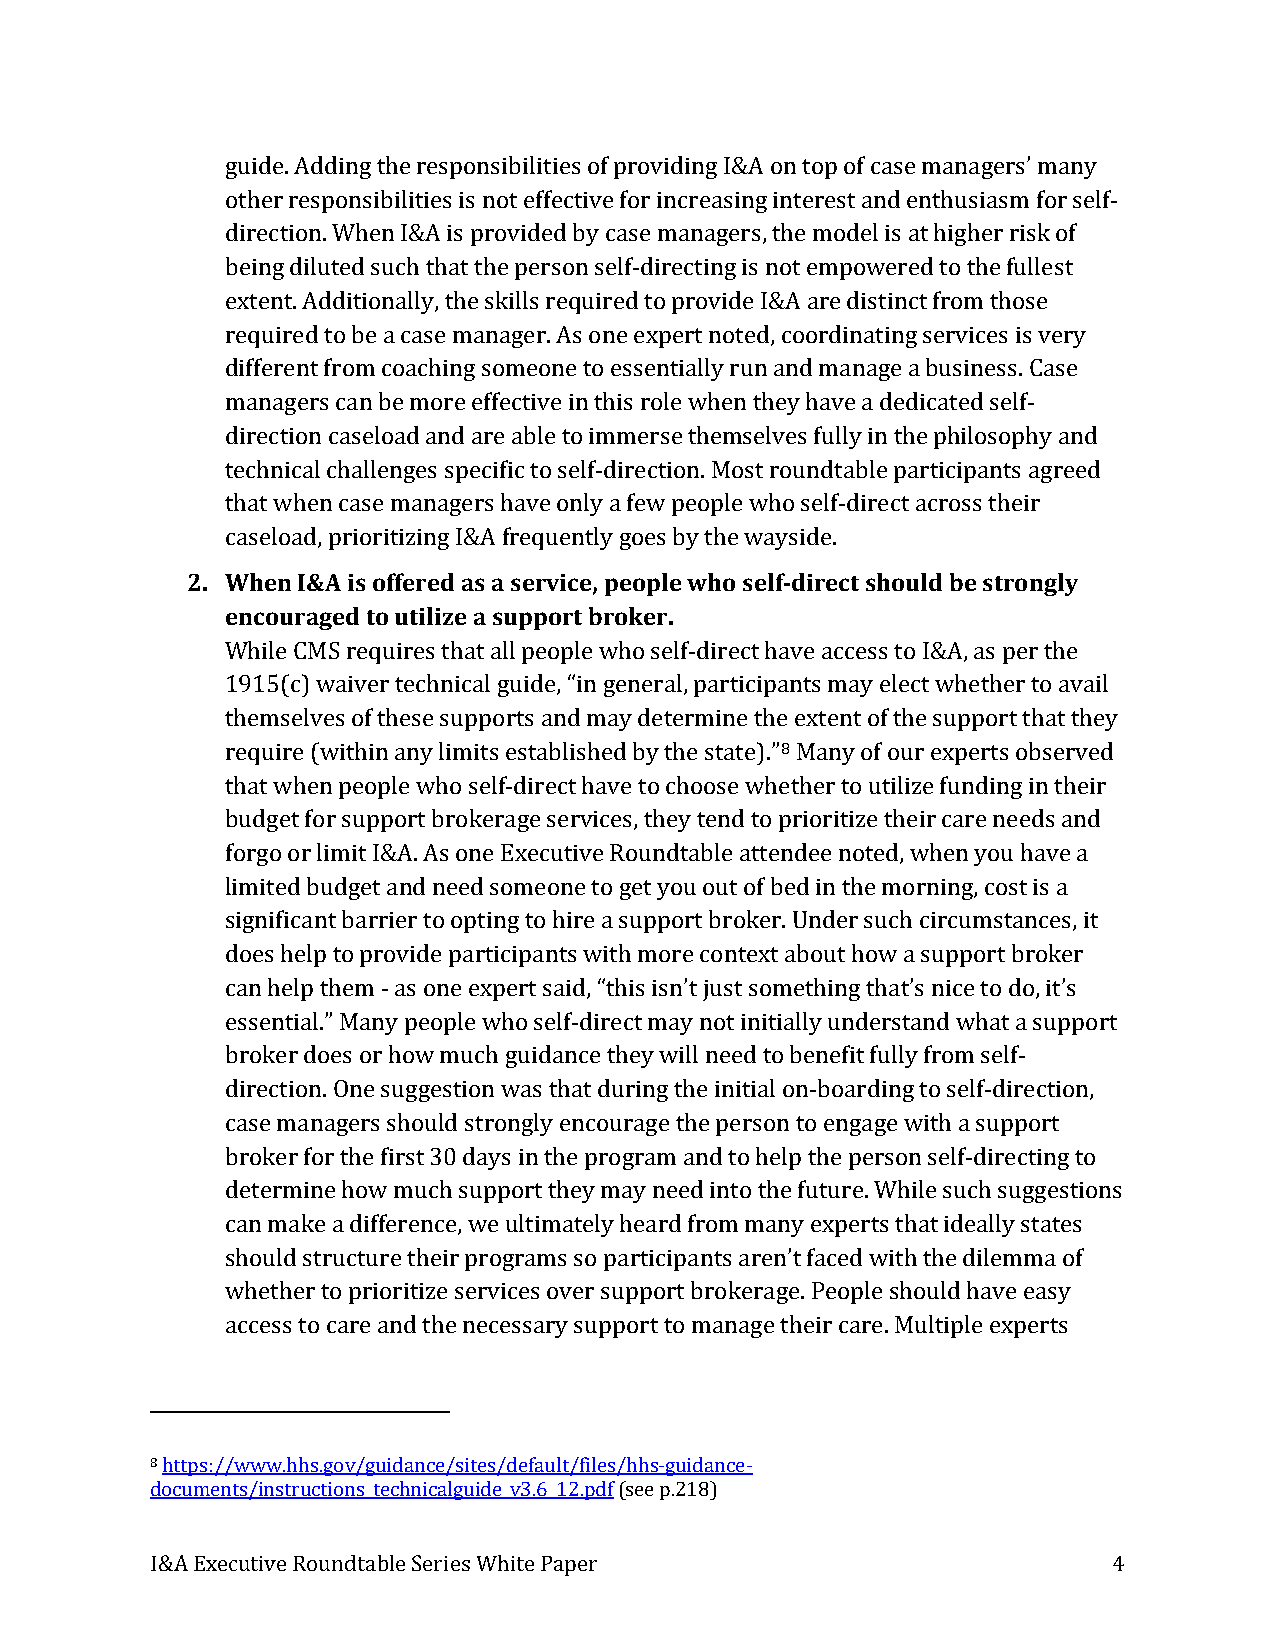
guide. Adding the responsibilities of providing I&A on top of case managers’ many
 other responsibilities is not effective for increasing interest and enthusiasm for self-
 direction. When I&A is provided by case managers, the model is at higher risk of
 being diluted such that the person self-directing is not empowered to the fullest
 extent. Additionally, the skills required to provide I&A are distinct from those
 required to be a case manager. As one expert noted, coordinating services is very
 different from coaching someone to essentially run and manage a business. Case
 managers can be more effective in this role when they have a dedicated self-
 direction caseload and are able to immerse themselves fully in the philosophy and
 technical challenges specific to self-direction. Most roundtable participants agreed
 that when case managers have only a few people who self-direct across their
 2. cW ash ee ln
 oa
 I d&
 ,
 A
 p
 ri is
 o
 o rif tf ie zr ine gd Ia &s
 A
 a
 f
 rs ee qr uv eic ne t,
 l
 yp e goo ep sl e
 b
 yw th ho
 e
 s we alf y- sd ii dr ee
 .
 ct should be strongly
 encouraged to utilize a support broker.
 While CMS requires that all people who self-direct have access to I&A, as per the
 1915(c) waiver technical guide, “in general, participants may elect whether to avail
 themselves of these supports and may determine the extent of the support that they
 8
 require (within any limits established by the state).” Many of our experts observed
 that when people who self-direct have to choose whether to utilize funding in their
 budget for support brokerage services, they tend to prioritize their care needs and
 forgo or limit I&A. As one Executive Roundtable attendee noted, when you have a
 limited budget and need someone to get you out of bed in the morning, cost is a
 significant barrier to opting to hire a support broker. Under such circumstances, it
 does help to provide participants with more context about how a support broker
 can help them - as one expert said, “this isn’t just something that’s nice to do, it’s
 essential.” Many people who self-direct may not initially understand what a support
 broker does or how much guidance they will need to benefit fully from self-
 direction. One suggestion was that during the initial on-boarding to self-direction,
 case managers should strongly encourage the person to engage with a support
 broker for the first 30 days in the program and to help the person self-directing to
 determine how much support they may need into the future. While such suggestions
 can make a difference, we ultimately heard from many experts that ideally states
 should structure their programs so participants aren’t faced with the dilemma of
 whether to prioritize services over support brokerage. People should have easy
 access to care and the necessary support to manage their care. Multiple experts
 8
 https://www.hhs.gov/guidance/sites/default/files/hhs-guidance-
 documents/instructions_technicalguide_v3.6_12.pdf (see p.218)
 I&A Executive Roundtable Series White Paper                     4